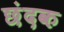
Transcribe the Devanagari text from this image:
छंदक